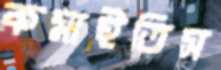
কমাইতিস